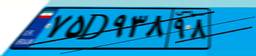
۷۵D۹۳۸۹۸